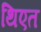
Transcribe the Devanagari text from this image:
थिएत